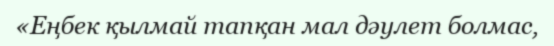
«Еңбек қылмай тапқан мал дәулет болмас,